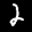
Label: 2